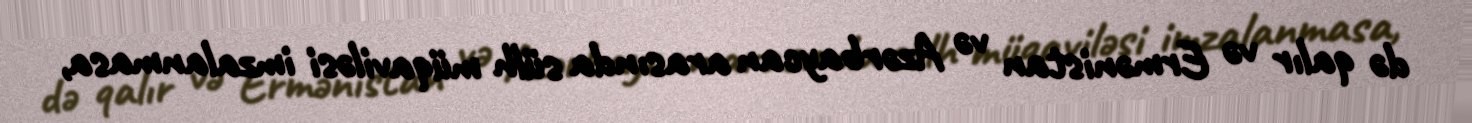
də qalır və Ermənistan və Azərbaycan arasında sülh müqaviləsi imzalanmasa,